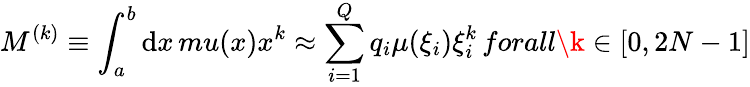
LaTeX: M^{(k)}\equiv\int_{a}^{b}\mathrm{d}x\, mu(x)x^{k}\approx\sum_{i=1}^{Q}q_{i}\mu(\xi_{i})\xi_{i}^{k}\, forall\k\in[0,2N-1]